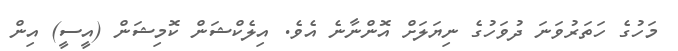
މަހުގެ ހަތަރުވަނަ ދުވަހުގެ ނިޔަލަށް އޮންނާނެ އެވެ. އިލެކްޝަން ކޮމިޝަން (އީސީ) އިން